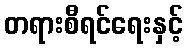
တရားစီရင်ရေးနှင့်